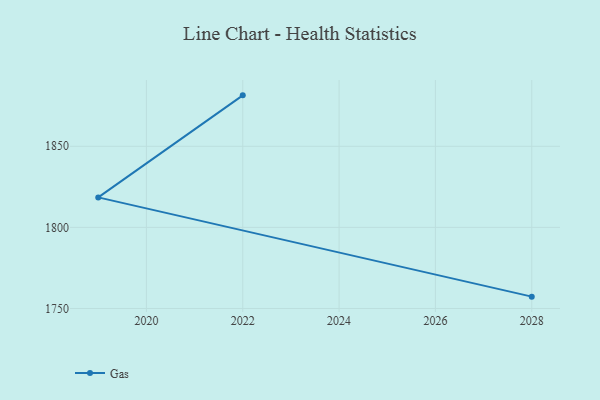
{"axis": {"x": "Year", "y": "Operating Costs (USD K)"}, "legend": ["Gas"], "data": [{"x": "2028", "y": 1757.3, "type": "Gas"}, {"x": "2019", "y": 1818.5, "type": "Gas"}, {"x": "2022", "y": 1881.4, "type": "Gas"}]}